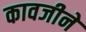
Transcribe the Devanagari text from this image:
कावजीने